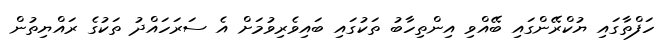
ހަފްތާގައި ޔުކްރޭންގައި ބޭއްވި އިންތިހާބު ތަކުގައި ބައިވެރިވުމަށް އެ ސަރަހައްދު ތަކުގެ ރައްޔިތުން